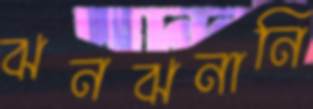
ঝনঝনানি